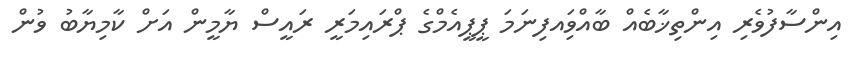
އިންސާފުވެރި އިންތިޚާބެއް ބާއްވަިއފިނަމަ ޕީޕީއެމްގެ ޕްރައިމަރީ ރައީސް ޔާމީން އަށް ކާމިޔާބު ވުން